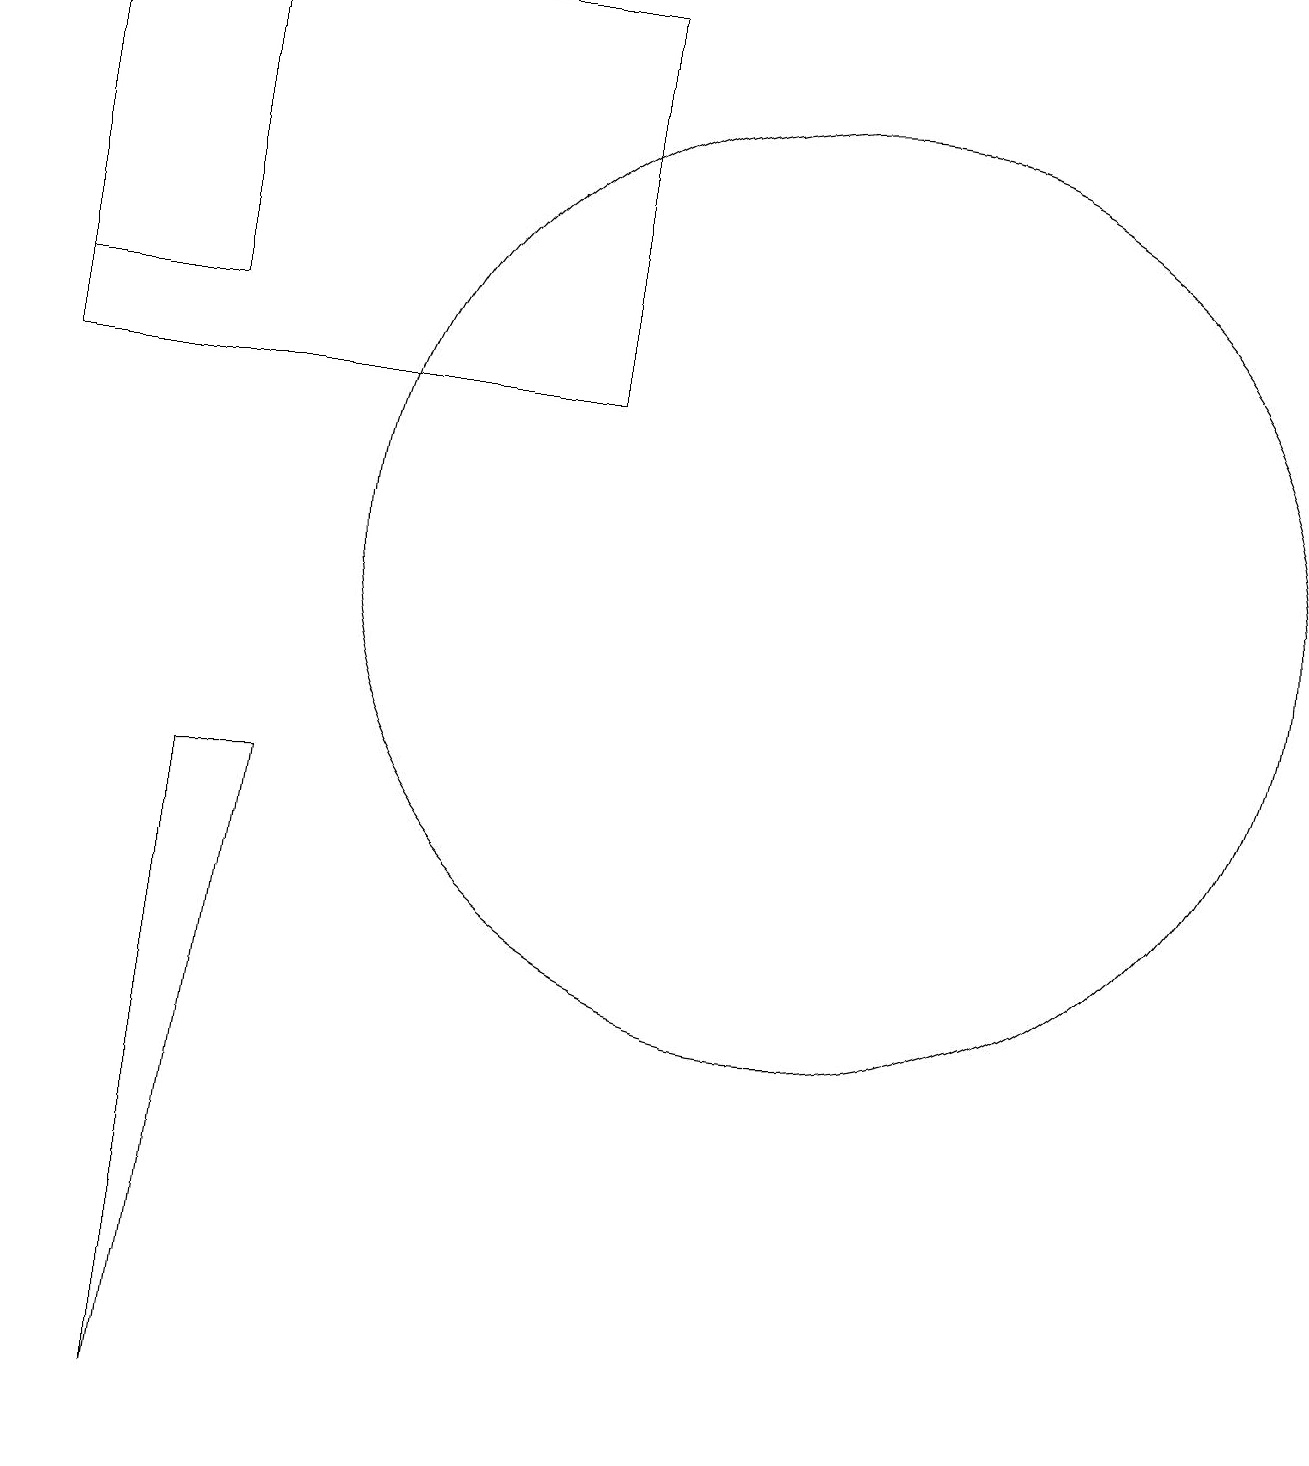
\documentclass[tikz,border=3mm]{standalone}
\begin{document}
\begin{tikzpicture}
\draw (8,13) rectangle (1,18);
\draw (4,8) -- (3,0) -- (3,8) -- cycle;
\draw (11,11) circle (6);
\draw (3,14) rectangle (1,18);
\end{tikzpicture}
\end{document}